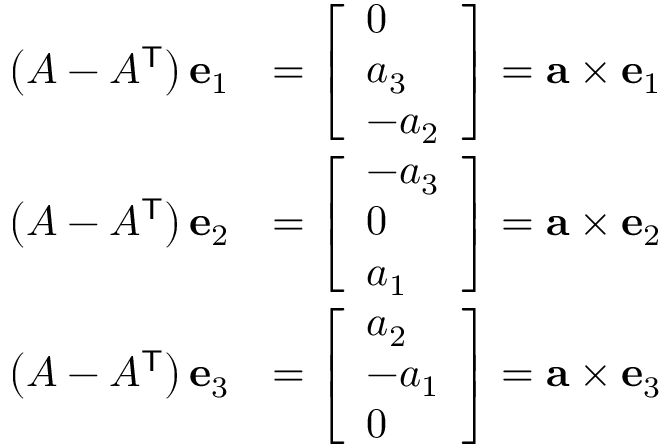
{ \begin{array} { r l } { \left( A - A ^ { \mathsf { T } } \right) \mathbf { e } _ { 1 } } & { = { \left[ \begin{array} { l } { 0 } \\ { a _ { 3 } } \\ { - a _ { 2 } } \end{array} \right] } = \mathbf { a } \times \mathbf { e } _ { 1 } } \\ { \left( A - A ^ { \mathsf { T } } \right) \mathbf { e } _ { 2 } } & { = { \left[ \begin{array} { l } { - a _ { 3 } } \\ { 0 } \\ { a _ { 1 } } \end{array} \right] } = \mathbf { a } \times \mathbf { e } _ { 2 } } \\ { \left( A - A ^ { \mathsf { T } } \right) \mathbf { e } _ { 3 } } & { = { \left[ \begin{array} { l } { a _ { 2 } } \\ { - a _ { 1 } } \\ { 0 } \end{array} \right] } = \mathbf { a } \times \mathbf { e } _ { 3 } } \end{array} }